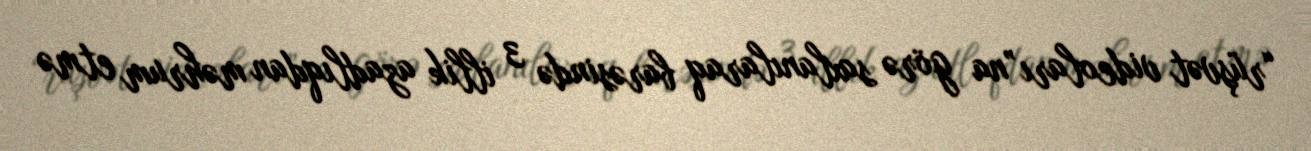
“rüşvət videoları”na görə saxlanılaraq barəsində 3 illik azadlıqdan məhrum etmə